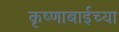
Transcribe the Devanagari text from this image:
कृष्णाबाईच्या